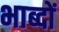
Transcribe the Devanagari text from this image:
भाब्दों